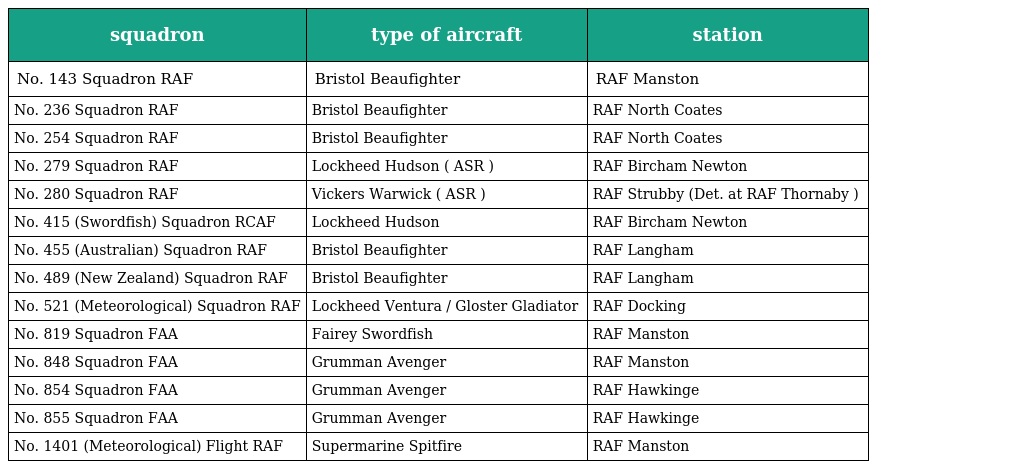
| squadron | type of aircraft | station |
 | --- | --- | --- |
 | No. 143 Squadron RAF | Bristol Beaufighter | RAF Manston |
 | No. 236 Squadron RAF | Bristol Beaufighter | RAF North Coates |
 | No. 254 Squadron RAF | Bristol Beaufighter | RAF North Coates |
 | No. 279 Squadron RAF | Lockheed Hudson ( ASR ) | RAF Bircham Newton |
 | No. 280 Squadron RAF | Vickers Warwick ( ASR ) | RAF Strubby (Det. at RAF Thornaby ) |
 | No. 415 (Swordfish) Squadron RCAF | Lockheed Hudson | RAF Bircham Newton |
 | No. 455 (Australian) Squadron RAF | Bristol Beaufighter | RAF Langham |
 | No. 489 (New Zealand) Squadron RAF | Bristol Beaufighter | RAF Langham |
 | No. 521 (Meteorological) Squadron RAF | Lockheed Ventura / Gloster Gladiator | RAF Docking |
 | No. 819 Squadron FAA | Fairey Swordfish | RAF Manston |
 | No. 848 Squadron FAA | Grumman Avenger | RAF Manston |
 | No. 854 Squadron FAA | Grumman Avenger | RAF Hawkinge |
 | No. 855 Squadron FAA | Grumman Avenger | RAF Hawkinge |
 | No. 1401 (Meteorological) Flight RAF | Supermarine Spitfire | RAF Manston |